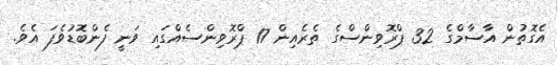
އެގޮތުން އާސާމްގެ 32 ޕްރޮވިންސްގެ ތެރެއިން 17 ޕްރޮވިންސެއްގައި ވަނީ ފެންބޮޑުވެފަ އެވެ.